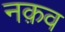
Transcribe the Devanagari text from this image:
नक़व